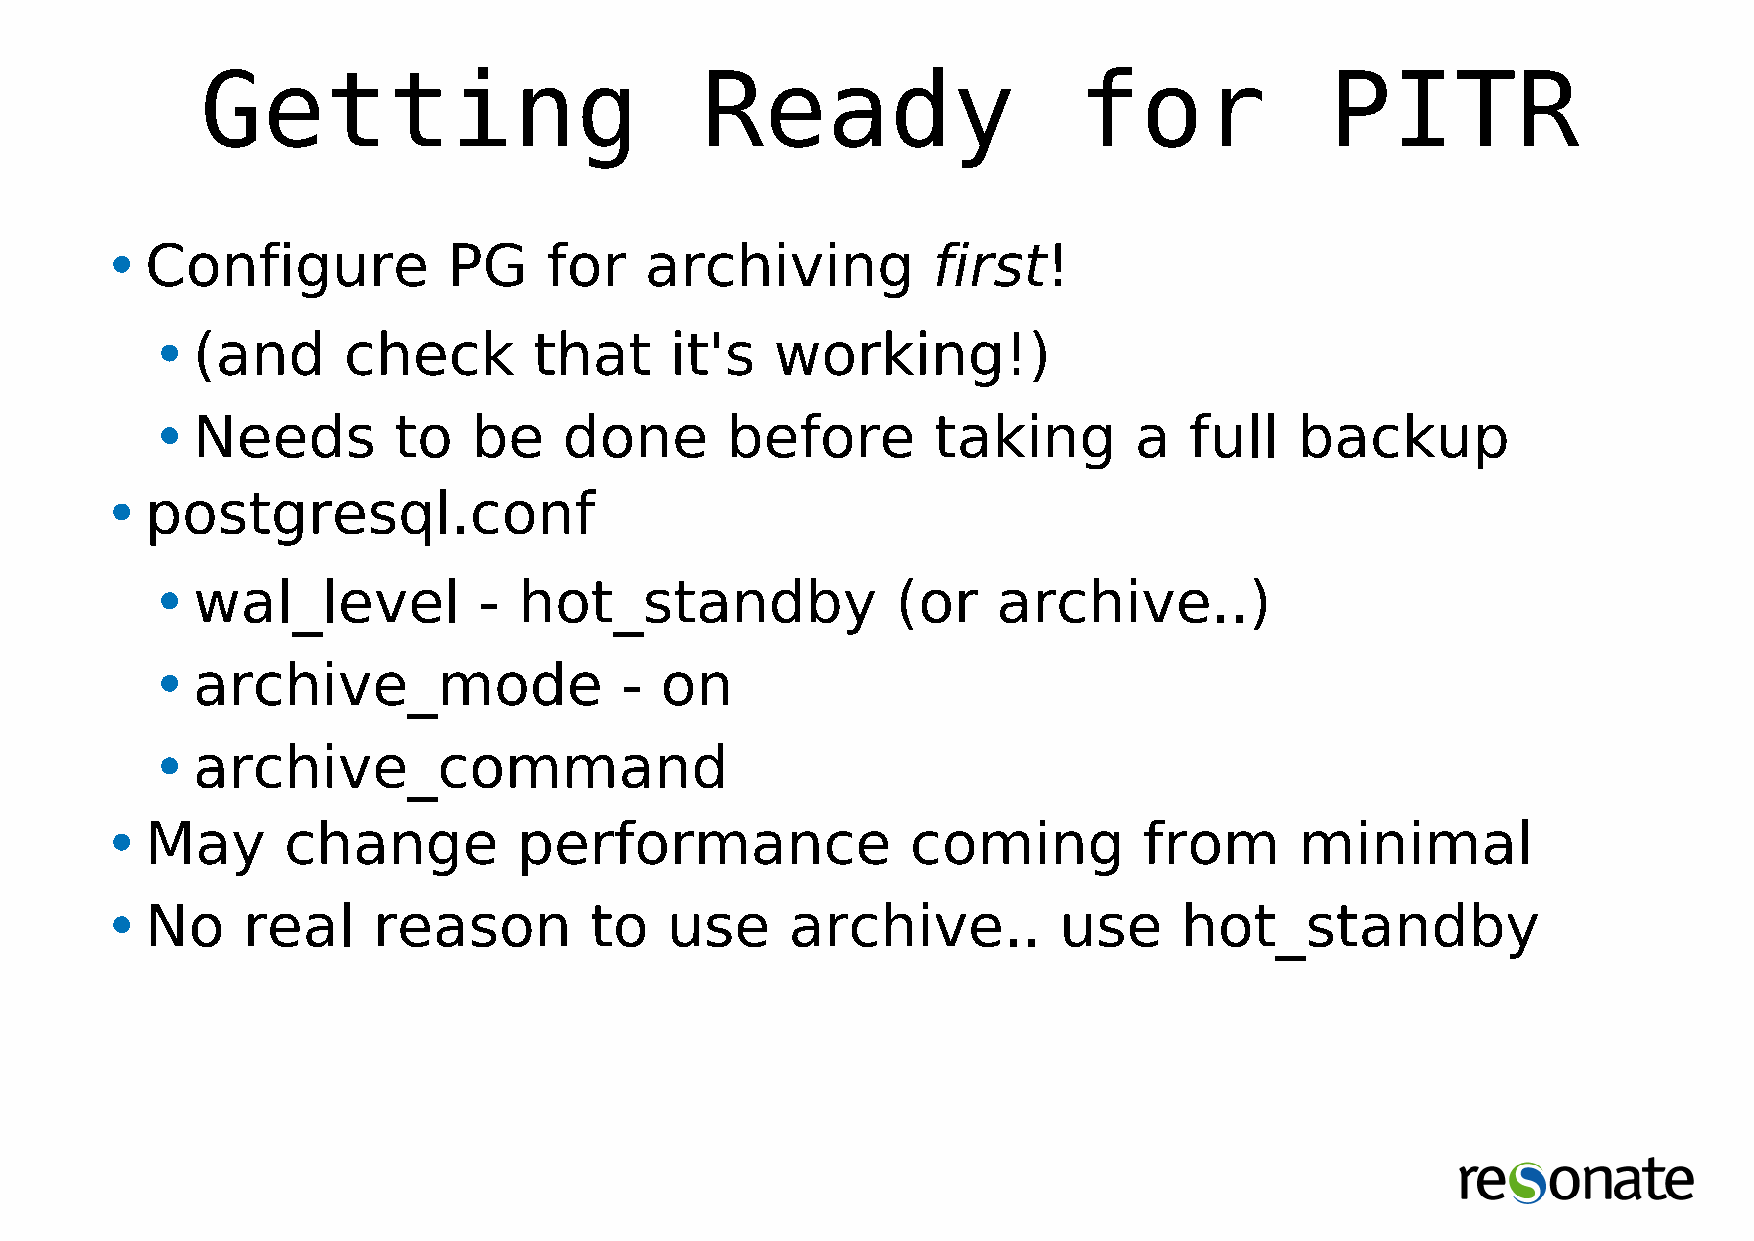
Getting                          Ready                    for              PITR
 •Configure             PG    for    archiving          first!
 •(and        check       that     it's   working!)
 •Needs          to   be    done       before        taking       a   full   backup
 •postgresql.conf
 •wal_level            - hot_standby              (or    archive..)
 •archive_mode                  -  on
 •archive_command
 •May        change         performance               coming          from      minimal
 •No      real     reason        to   use     archive..         use     hot_standby